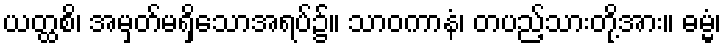
ယတ္ထစိ၊ အမှတ်မရှိသောအရပ်၌။ သာဝကာနံ၊ တပည့်သားတို့အား။ ဓမ္မံ၊